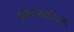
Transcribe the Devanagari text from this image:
संवेदनाहारियों